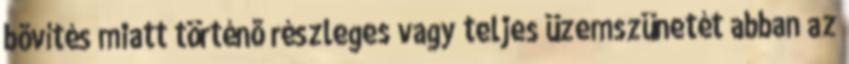
bõvítés miatt történõ részleges vagy teljes üzemszünetét abban az